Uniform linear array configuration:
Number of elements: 64
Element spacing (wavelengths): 0.25
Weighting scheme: uniform
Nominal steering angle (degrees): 30
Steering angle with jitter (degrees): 29.833
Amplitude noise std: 0.05
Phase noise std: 0.05

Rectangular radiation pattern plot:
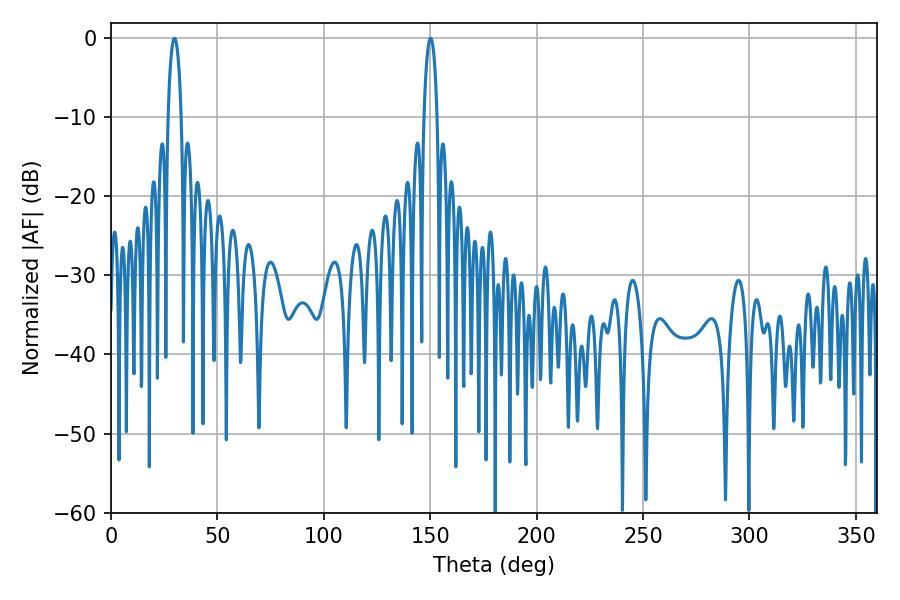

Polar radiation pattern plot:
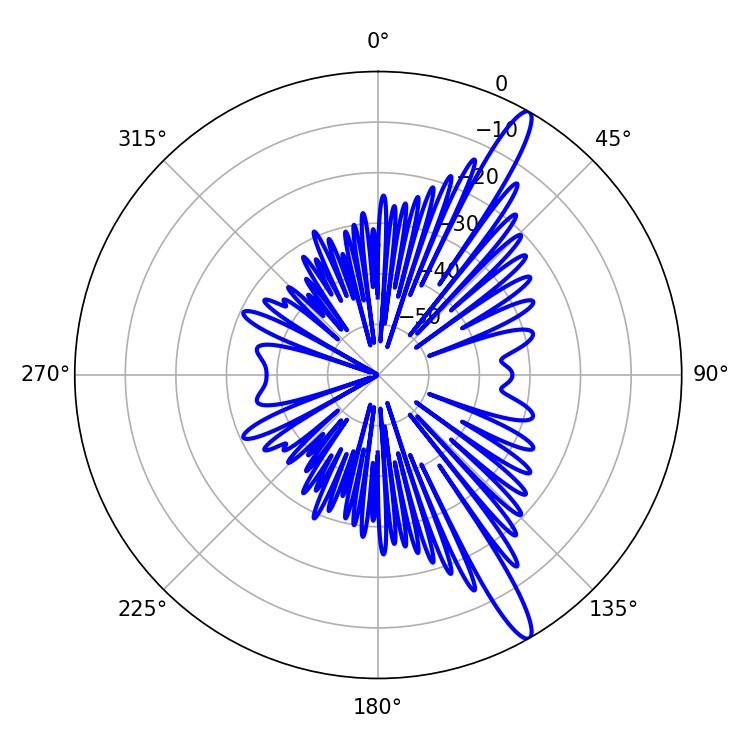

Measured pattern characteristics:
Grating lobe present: FALSE
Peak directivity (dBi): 14.466
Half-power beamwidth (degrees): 3.6
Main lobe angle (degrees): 29.88